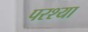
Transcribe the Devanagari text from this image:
परश्‍या